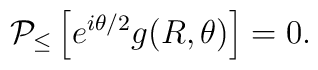
{\cal P}_{\leq}   \left[ e^{i \theta /2}g(R,\theta) \right] =0.